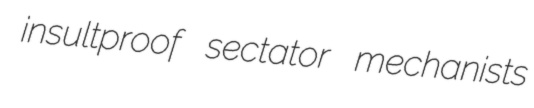
insultproof sectator mechanists